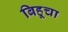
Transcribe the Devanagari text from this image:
बिहूचा